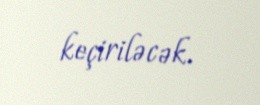
keçiriləcək.